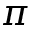
\pi